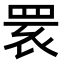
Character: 𦊷